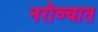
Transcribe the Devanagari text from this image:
नरोव्चात